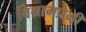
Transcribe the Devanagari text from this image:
विश्रामप्रेमी